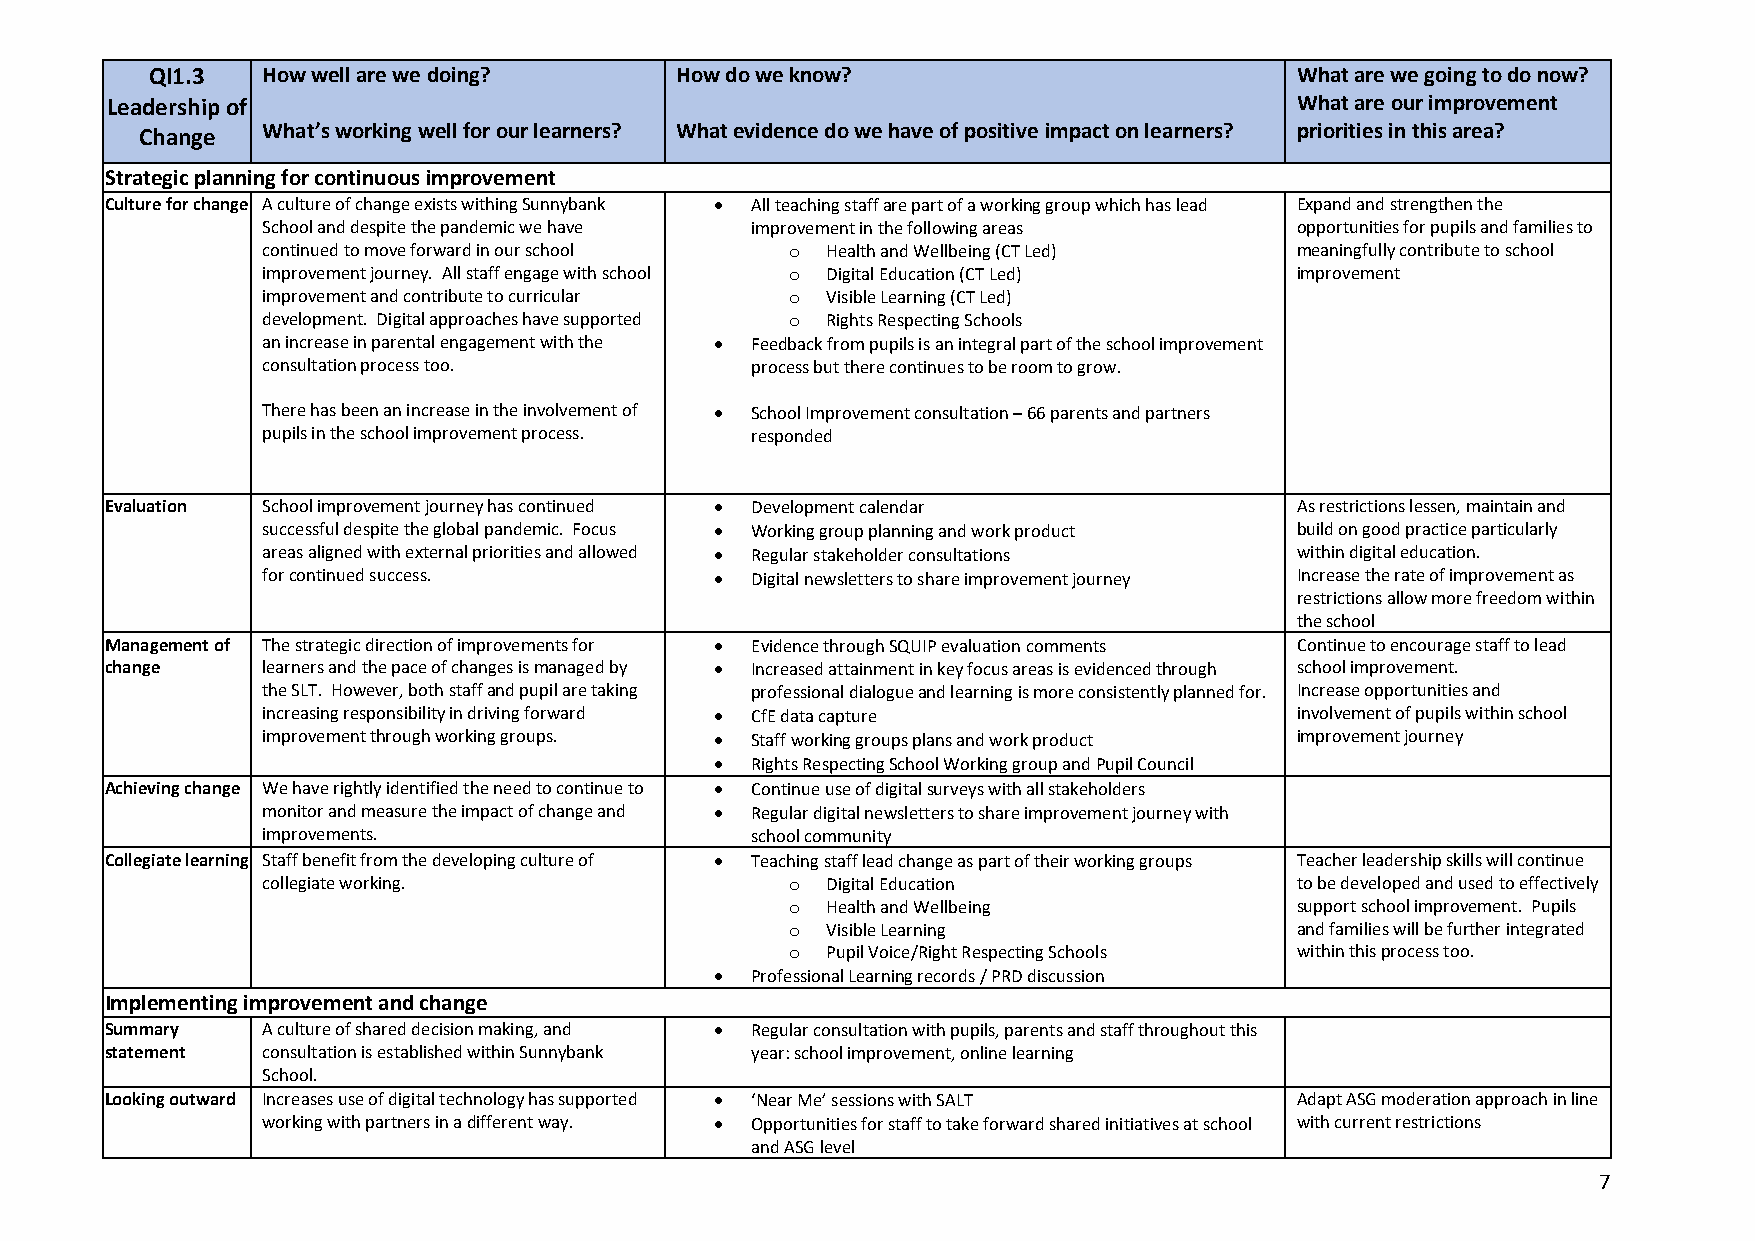
QI1.3  How well are we doing?      How do we know?                          What are we going to do now?
 Leadership of                                                                  What are our improvement
 Change  What’s working well for our learners? What evidence do we have of positive impact on learners? priorities in this area?
 Strategic planning for continuous improvement
 Culture for change A culture of change exists withing Sunnybank • All teaching staff are part of a working group which has lead Expand and strengthen the
 School and despite the pandemic we have improvement in the following areas opportunities for pupils and families to
 continued to move forward in our school o Health and Wellbeing (CT Led) meaningfully contribute to school
 improvement journey. All staff engage with school o Digital Education (CT Led) improvement
 improvement and contribute to curricular o Visible Learning (CT Led)
 development. Digital approaches have supported o Rights Respecting Schools
 an increase in parental engagement with the • Feedback from pupils is an integral part of the school improvement
 consultation process too.        process but there continues to be room to grow.
 There has been an increase in the involvement of • School Improvement consultation – 66 parents and partners
 pupils in the school improvement process. responded
 Evaluation School improvement journey has continued • Development calendar     As restrictions lessen, maintain and
 successful despite the global pandemic. Focus • Working group planning and work product build on good practice particularly
 areas aligned with external priorities and allowed • Regular stakeholder consultations within digital education.
 for continued success.        •  Digital newsletters to share improvement journey Increase the rate of improvement as
 restrictions allow more freedom within
 the school
 Management of The strategic direction of improvements for • Evidence through SQUIP evaluation comments Continue to encourage staff to lead
 change    learners and the pace of changes is managed by • Increased attainment in key focus areas is evidenced through school improvement.
 the SLT. However, both staff and pupil are taking professional dialogue and learning is more consistently planned for. Increase opportunities and
 increasing responsibility in driving forward • CfE data capture      involvement of pupils within school
 improvement through working groups. • Staff working groups plans and work product improvement journey
 •  Rights Respecting School Working group and Pupil Council
 Achieving change We have rightly identified the need to continue to • Continue use of digital surveys with all stakeholders
 monitor and measure the impact of change and • Regular digital newsletters to share improvement journey with
 improvements.                    school community
 Collegiate learning Staff benefit from the developing culture of • Teaching staff lead change as part of their working groups Teacher leadership skills will continue
 collegiate working.                o  Digital Education              to be developed and used to effectively
 o  Health and Wellbeing           support school improvement. Pupils
 o  Visible Learning               and families will be further integrated
 o  Pupil Voice/Right Respecting Schools within this process too.
 •  Professional Learning records / PRD discussion
 Implementing improvement and change
 Summary   A culture of shared decision making, and • Regular consultation with pupils, parents and staff throughout this
 statement consultation is established within Sunnybank year: school improvement, online learning
 School.
 Looking outward Increases use of digital technology has supported • ‘Near Me’ sessions with SALT Adapt ASG moderation approach in line
 working with partners in a different way. • Opportunities for staff to take forward shared initiatives at school with current restrictions
 and ASG level
 7